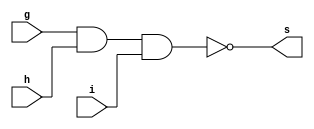
// Guia 02
// Nome: Raphaela Fernanda Silva

//PORTANAND 

module PORTANAND (s, g, h, i);
output s;
input g, h, i;

assign s = ~( g & h & i);

endmodule




module testeNAND;
reg g;
wire s;

PORTANAND NAND1(s, g, g, g); 

initial begin:start

 g=0;
 
 end
 
 
 
 initial begin 
 
 $display("Guia 02 - Raphaela Fernanda Silva - 420141");
 $display("Teste PORTANAND");
 $display("~g = s");
 $monitor(" %b   %b", g,s);
 
     
 end
 
 endmodule